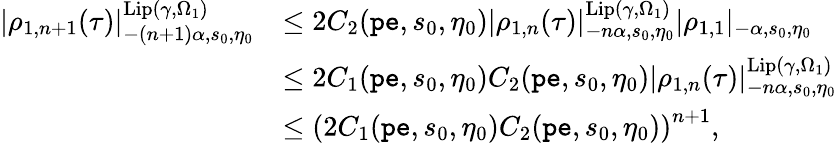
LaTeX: \begin{array}{rl}{|\rho_{1,n+1}(\tau)|_{-(n+1)\alpha,s_{0},\eta_{0}}^{\mathrm{Lip}(\gamma,\Omega_{1})}}&{\le 2C_{2}(\mathtt{pe},s_{0},\eta_{0})|{\rho_{1,n}}(\tau)|_{-n\alpha,s_{0},\eta_{0}}^{\mathrm{Lip}(\gamma,\Omega_{1})}|\rho_{1,1}|_{-\alpha,s_{0},\eta_{0}}}\\ &{\le 2C_{1}(\mathtt{pe},s_{0},\eta_{0})C_{2}(\mathtt{pe},s_{0},\eta_{0})|\rho_{1,n}(\tau)|_{-n\alpha,s_{0},\eta_{0}}^{\mathrm{Lip}(\gamma,\Omega_{1})}}\\ &{\le\left(2C_{1}(\mathtt{pe},s_{0},\eta_{0})C_{2}(\mathtt{pe},s_{0},\eta_{0})\right)^{n+1},}\end{array}